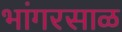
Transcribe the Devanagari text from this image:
भांगरसाळ